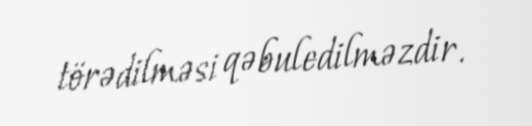
törədilməsi qəbuledilməzdir.